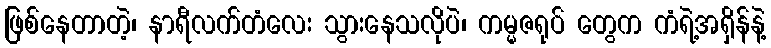
ဖြစ်နေတာတဲ့၊ နာရီလက်တံလေး သွားနေသလိုပဲ၊ ကမ္မဇရုပ် တွေက ကံရဲ့အရှိန်နဲ့